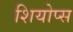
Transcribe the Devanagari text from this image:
शियोप्‍स